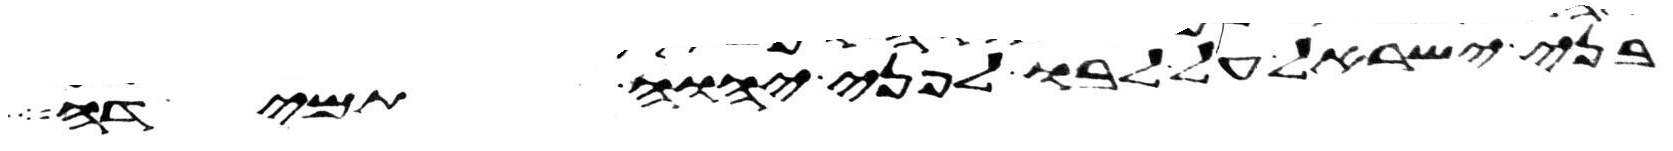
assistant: בני ישראל על לבו לפני יהוה תמידה